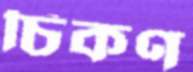
চিকণ